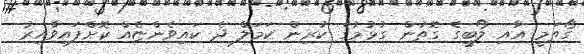
ގޯތަމީ އާއި ލޯބީގެ ގޮތުން ގުޅުމުގެ ކުރިން ކަމަލް ދެ ކައިވެންޏެއް ކޮށްފައިވާއިރު